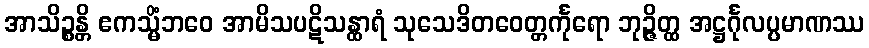
အာသိဉ္စန္တိ ဧကသ္မိံဘဝေ အာမိသပဋိသန္ထာရံ သုသေဒိတဝေတ္တင်္ကုရော ဘုဉ္ဇိတ္ထ အဋ္ဌင်္ဂုလပ္ပမာဏဿ